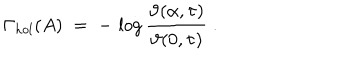
LaTeX: \Gamma _ { h o l } ( A ) \; = \; - \, \log \frac { \vartheta ( \alpha , \tau ) } { \vartheta ( 0 , \tau ) } \; .